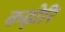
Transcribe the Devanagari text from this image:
कढ़ोरि